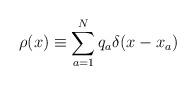
LaTeX: \begin{align*}\rho(x) \equiv \sum^N_{a=1} q_a \delta(x-x_a)\end{align*}